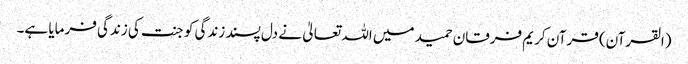
(القرآن) قرآن کریم فرقان حمید میں اللہ تعالیٰ نے دل پسند زندگی کو جنت کی زندگی فرمایا ہے۔